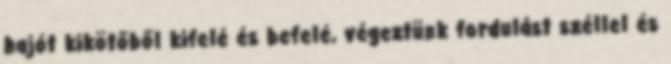
hajót kikötőből kifelé és befelé, végeztünk fordulást széllel és